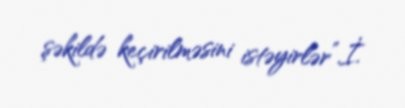
şəkildə keçirilməsini istəyirlər”.İ.